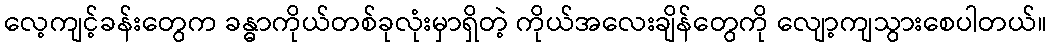
လေ့ကျင့်ခန်းတွေက ခန္ဓာကိုယ်တစ်ခုလုံးမှာရှိတဲ့ ကိုယ်အလေးချိန်တွေကို လျော့ကျသွားစေပါတယ်။